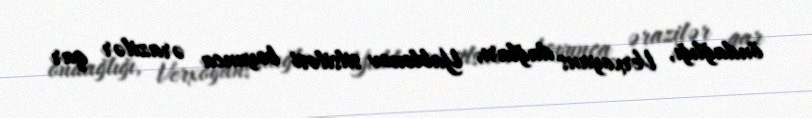
öndağlığı, Verxoyans dağları, Yablonov silsiləsi boyunca ərazilər qar